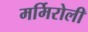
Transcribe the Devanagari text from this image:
मर्मिरोली